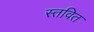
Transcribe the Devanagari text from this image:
स्तवित